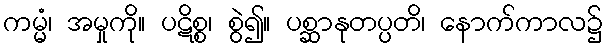
ကမ္မံ၊ အမှုကို။ ပဋိစ္စ၊ စွဲ၍။ ပစ္ဆာနုတပ္ပတိ၊ နောက်ကာလ၌